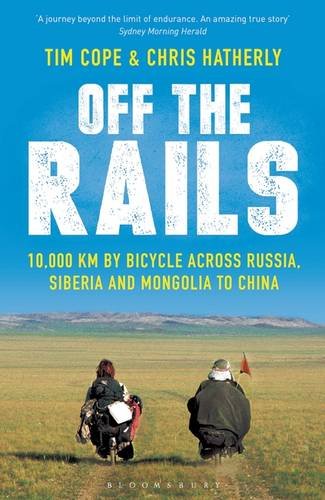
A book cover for Off the Rails: 10,000 km by Bicycle Across Russia, Siberia and Mongolia to China; Tim Cope; Travel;